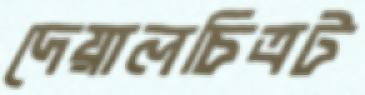
দেয়ালচিত্রট